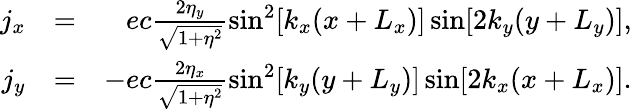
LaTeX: \begin{array}{rlr}{j_{x}}&{=}&{ec\frac{2\eta_{y}}{\sqrt{1+\eta^{2}}}\sin^{2}[k_{x}(x+L_{x})]\sin[2k_{y}(y+L_{y})],}\\ {j_{y}}&{=}&{-ec\frac{2\eta_{x}}{\sqrt{1+\eta^{2}}}\sin^{2}[k_{y}(y+L_{y})]\sin[2k_{x}(x+L_{x})].}\end{array}